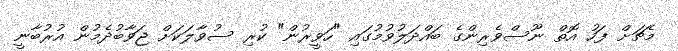
މެޗަށް ފަހު އޮތް ނޫސްވެރިންގެ ބައްދަލުވުމުގައި "ހަވީރުން" ކުރި ސުވާލަކަށް ޖަވާބުދެމުން އުރުބާނީ